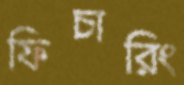
ফিচারিং